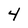
Character: 4